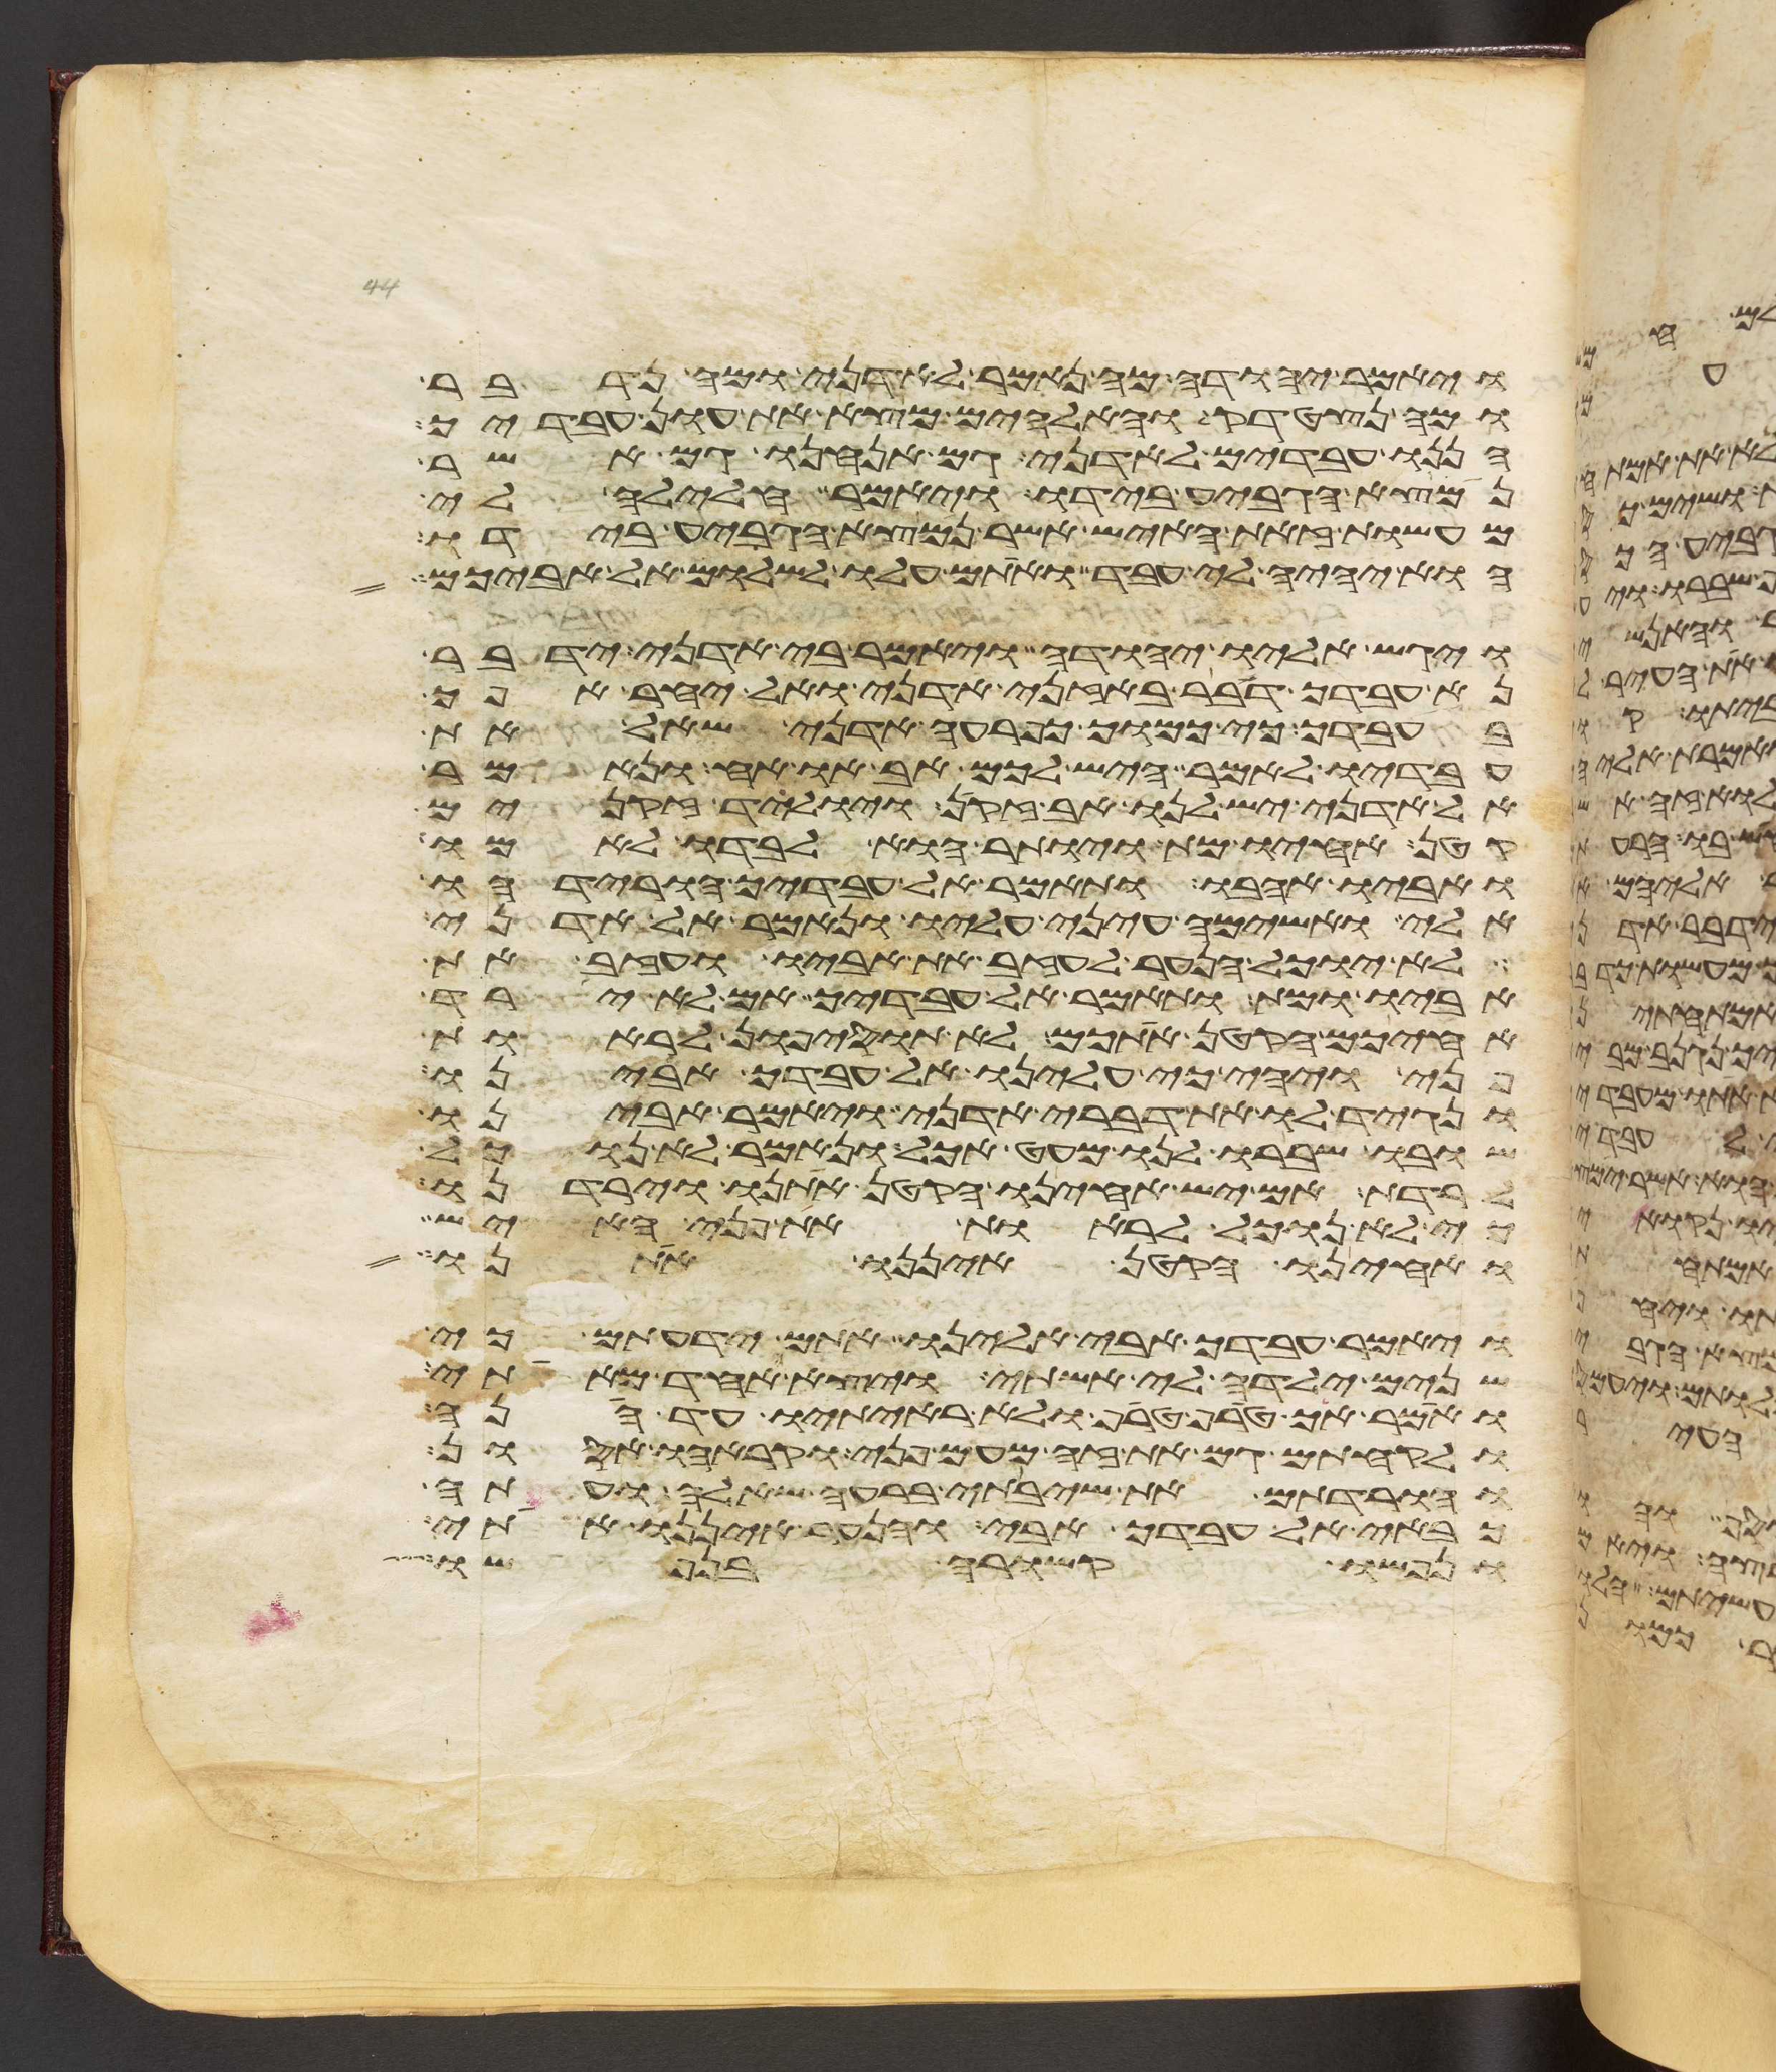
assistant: ויאמר יהודה מה נאמר לאדני ומה נדבר
ומה נצטדק והאלהים מצא את עון עבדיך
הננו עבדים לאדני גם אנחנו גם אשר
נמצא הגביע בידו ויאמר חלילה לי
מעשות זאת האיש אשר נמצא הגביע בידו
הוא יהיה לי עבד ואתם עלו לשלום אל אביכם
ויגש אליו יהודה ויאמר בי אדני ידבר
נא עבדך דבר באזני אדני ואל יחר אפך
בעבדך כי כמוך כפרעה אדני שאל את
עבדיו לאמר היש לכם אב או אח ונאמר
אל אדני יש לנו אב זקן ויולד זקנים
קטן אחיו מת ויותר הוא לבדו לאמו
ואביו אהבו ותאמר אל עבדיך הורידהו
אלי ואשימה עיני עליו ונאמר אל אדני
לא יוכל הנער לעזב את אביו ועזב את
אביו ומת ותאמר אל עבדיך אם לא ירד
אחיכם הקטן אתכם לא תוסיפון לראות
פני ויהי כי עלינו אל עבדך אבינו
ונגיד לו את דברי אדני ויאמר אבינו
שובו ושברו לנו מעט אכל ונאמר לא נוכל
לרדת אם יש אחינו הקטן אתנו וירדנו
כי לא נוכל לראות את פני האיש
ואחינו הקטן איננו אתנו
ויאמר עבדך אבי אלינו אתם ידעתם כי
שנים ילדה לי אשתי ויצא האחד מאתי
ואמר הך טרף טרף ולא ראיתיו עד הנה
ולקחתם גם את זה מעם פני וקראהו אסון
והורדתם את שיבתי ברעה שאלה ועתה
כבאי אל עבדך אבי והנער איננו אתי
ונפשו קשורה בנפשו